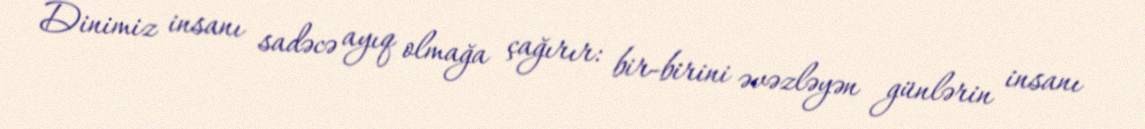
Dinimiz insanı sadəcə ayıq olmağa çağırır: bir-birini əvəzləyən günlərin insanı